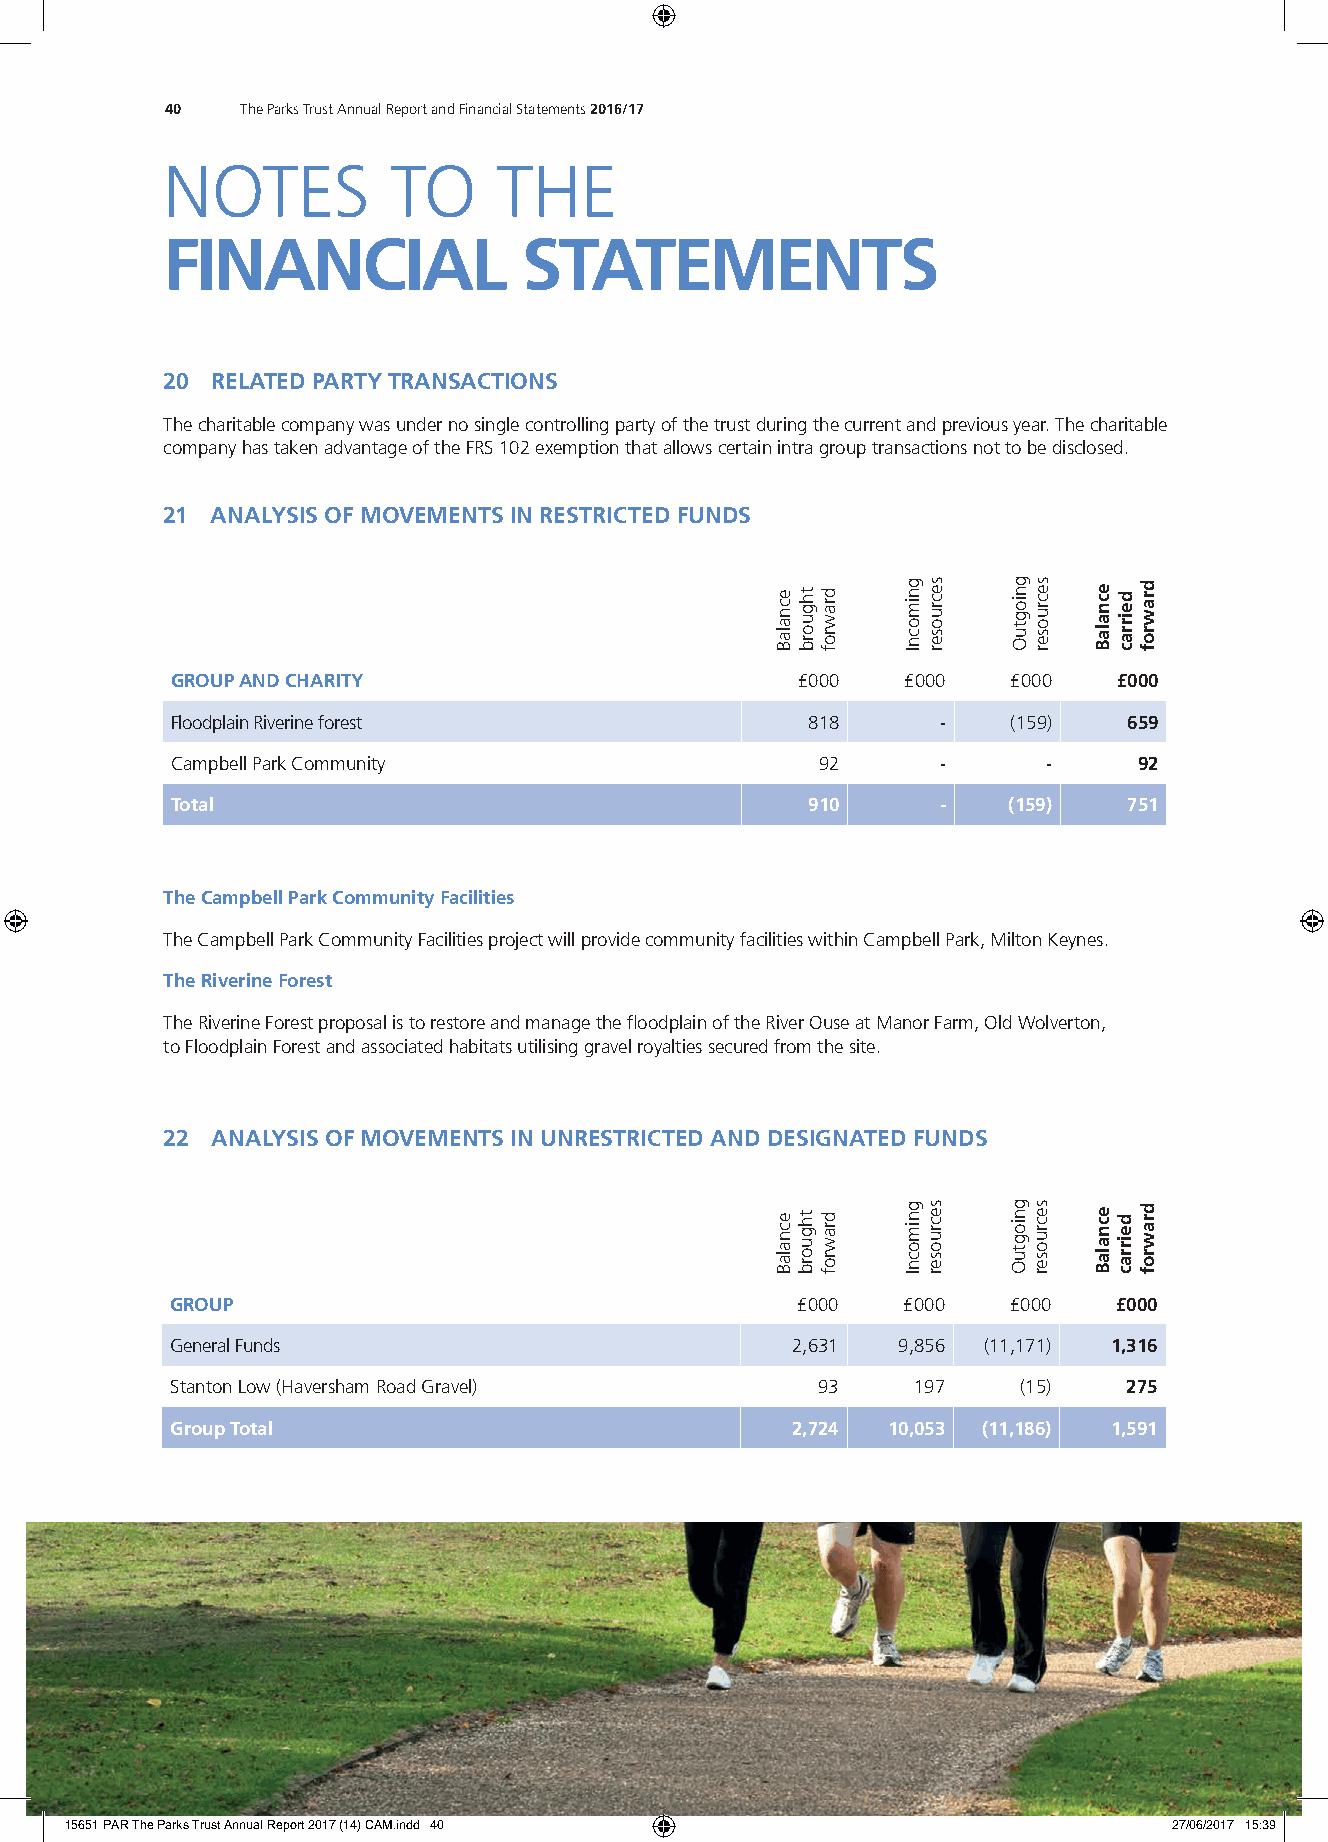
40   The Parks Trust Annual Report and Financial Statements 2016/17
 NOTES          TO     THE
 FINANCIAL               STATEMENTS
 20 RELATED PARTY TRANSACTIONS
 The charitable company was under no single controlling party of the trust during the current and previous year. The charitable
 company has taken advantage of the FRS 102 exemption that allows certain intra group transactions not to be disclosed.
 21 ANALYSIS OF MOVEMENTS IN RESTRICTED FUNDS
 GROUP AND CHARITY                         £000   £000   £000   £000
 Floodplain Riverine forest                818      -    (159)   659
 Campbell Park Community                    92      -      -     92
 Total                                     910      -    (159)   751
 The Campbell Park Community Facilities
 The Campbell Park Community Facilities project will provide community facilities within Campbell Park, Milton Keynes.
 The Riverine Forest
 The Riverine Forest proposal is to restore and manage the fl oodplain of the River Ouse at Manor Farm, Old Wolverton,
 to Floodplain Forest and associated habitats utilising gravel royalties secured from the site.
 22 ANALYSIS OF MOVEMENTS IN UNRESTRICTED AND DESIGNATED FUNDS
 GROUP                                     £000   £000   £000   £000
 General Funds                            2,631  9,856 (11,171) 1,316
 Stanton Low (Haversham Road Gravel)        93    197     (15)   275
 Group Total                              2,724  10,053 (11,186) 1,591
 15651 PAR The Parks Trust Annual Report 2017 (14) CAM.indd 40             27/06/2017 15:39
 ecnalaB
 ecnalaB
 thguorb
 thguorb
 drawrof
 drawrof
 gnimocnI
 gnimocnI
 secruoser
 secruoser
 gniogtuO
 gniogtuO
 secruoser
 secruoser
 ecnalaB
 ecnalaB
 deirrac
 deirrac
 drawrof
 drawrof